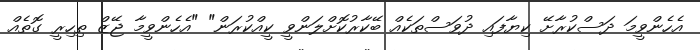
އެހެންވީމަ ދަސްކުރާށޭ ކިޔާފައި ދުވަސްތަކެއް ބޭކާރުކޮށްލަންވީ ކީއްކުރަން" "އެހެންވީމާ ޖޭޒް ތިހިރީ ގޮތެއް